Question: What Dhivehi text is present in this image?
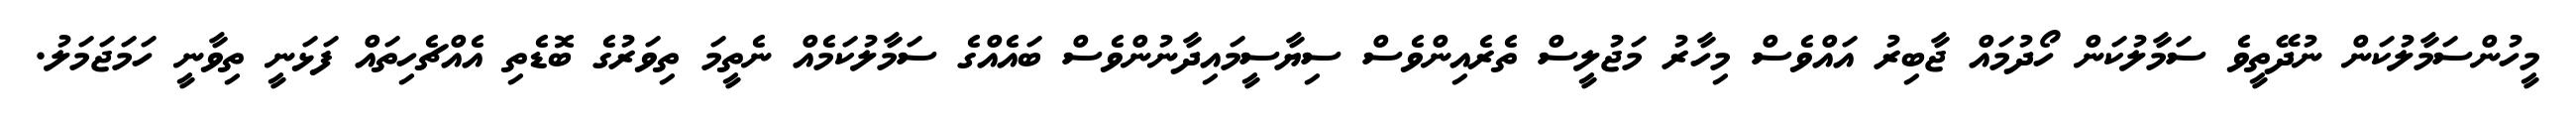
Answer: މީހުންސަމާލުކަން ނުދޭތީވެ ސަމާލުކަން ހޯދުމައް ޖާބިރު އައްވެސް މިހާރު މަޖުލީސް ތެރެއިންވެސް ސިޔާސީމައިދާނުންވެސް ބައެއްގެ ސަމާލުކަމެއް ނެތީމަ ތިވަރުގެ ބޮޑެތި އެއްޗެހިތައް ފަޅަނީ ތިވާނީ ހަމަޖަމަލު.